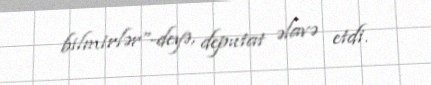
bilmirlər”-deyə, deputat əlavə etdi.